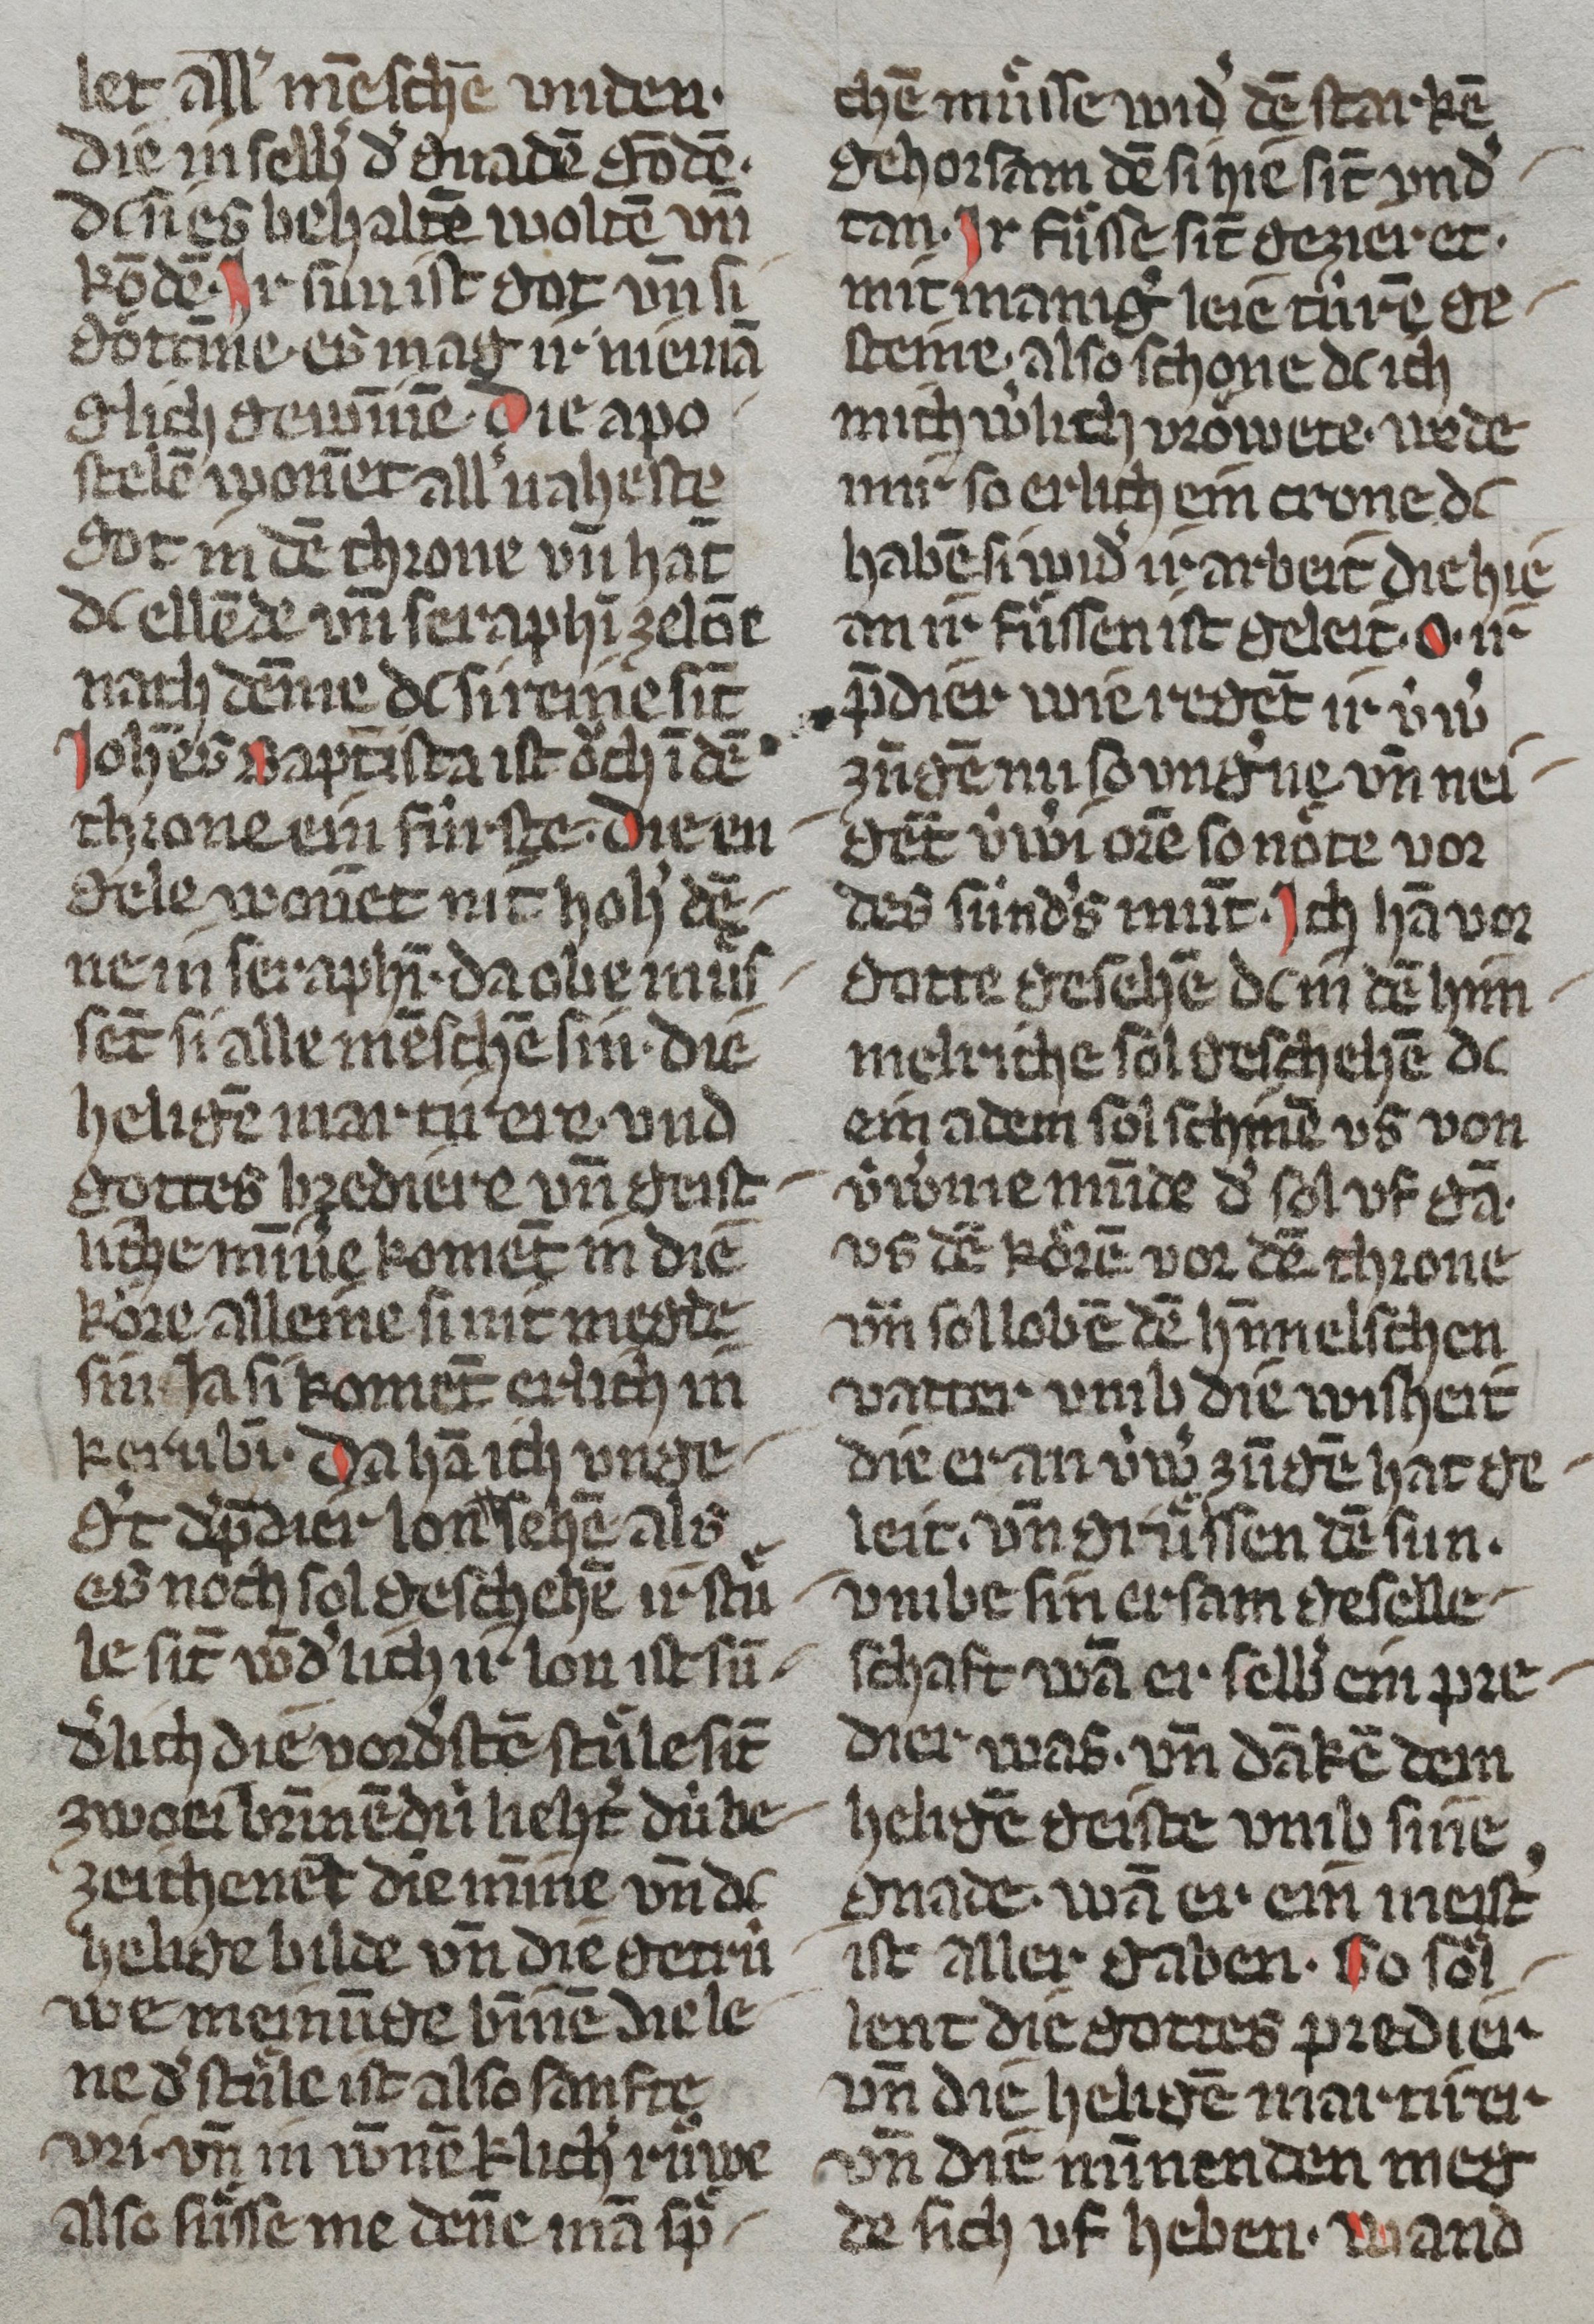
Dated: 1350–1374